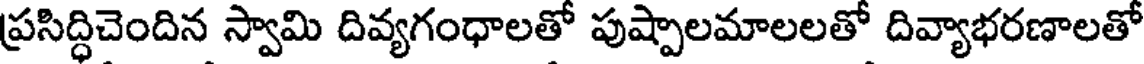
ప్రసిద్ధిచెందిన స్వామి దివ్యగంధాలతో పుష్పాలమాలలతో దివ్యాభరణాలతో